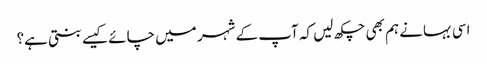
اسی بہانے ہم بھی چکھ لیں کہ آپ کے شہر میں چائے کیسے بنتی ہے؟